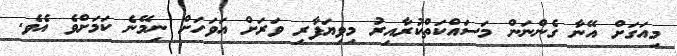
މިއަގަށް އޭނާ ގެންނަން މަސައްކަތްކުރާއިރު މިވިޔަފާރި ވަރަށް އަވަހަށް ނިމޭނެ ކަމަށްވެ އެވެ.